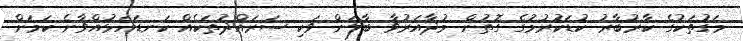
މަގުތަކުގެ ކާރުބާރު ކުޑަކުރުމުގެ ގޮތުން މުދާއަރުވާ ބާލަން ވަކި ސަރައްދުތަކެއް ކަނޑައަޅުއްވާނެ ކަމަށް